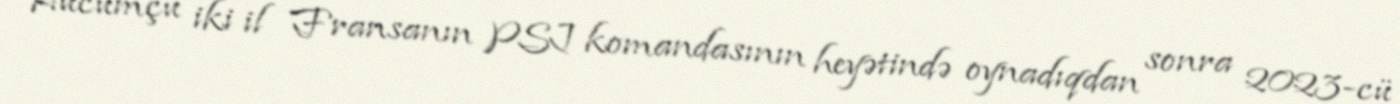
Hücumçu iki il Fransanın PSJ komandasının heyətində oynadıqdan sonra 2023-cü